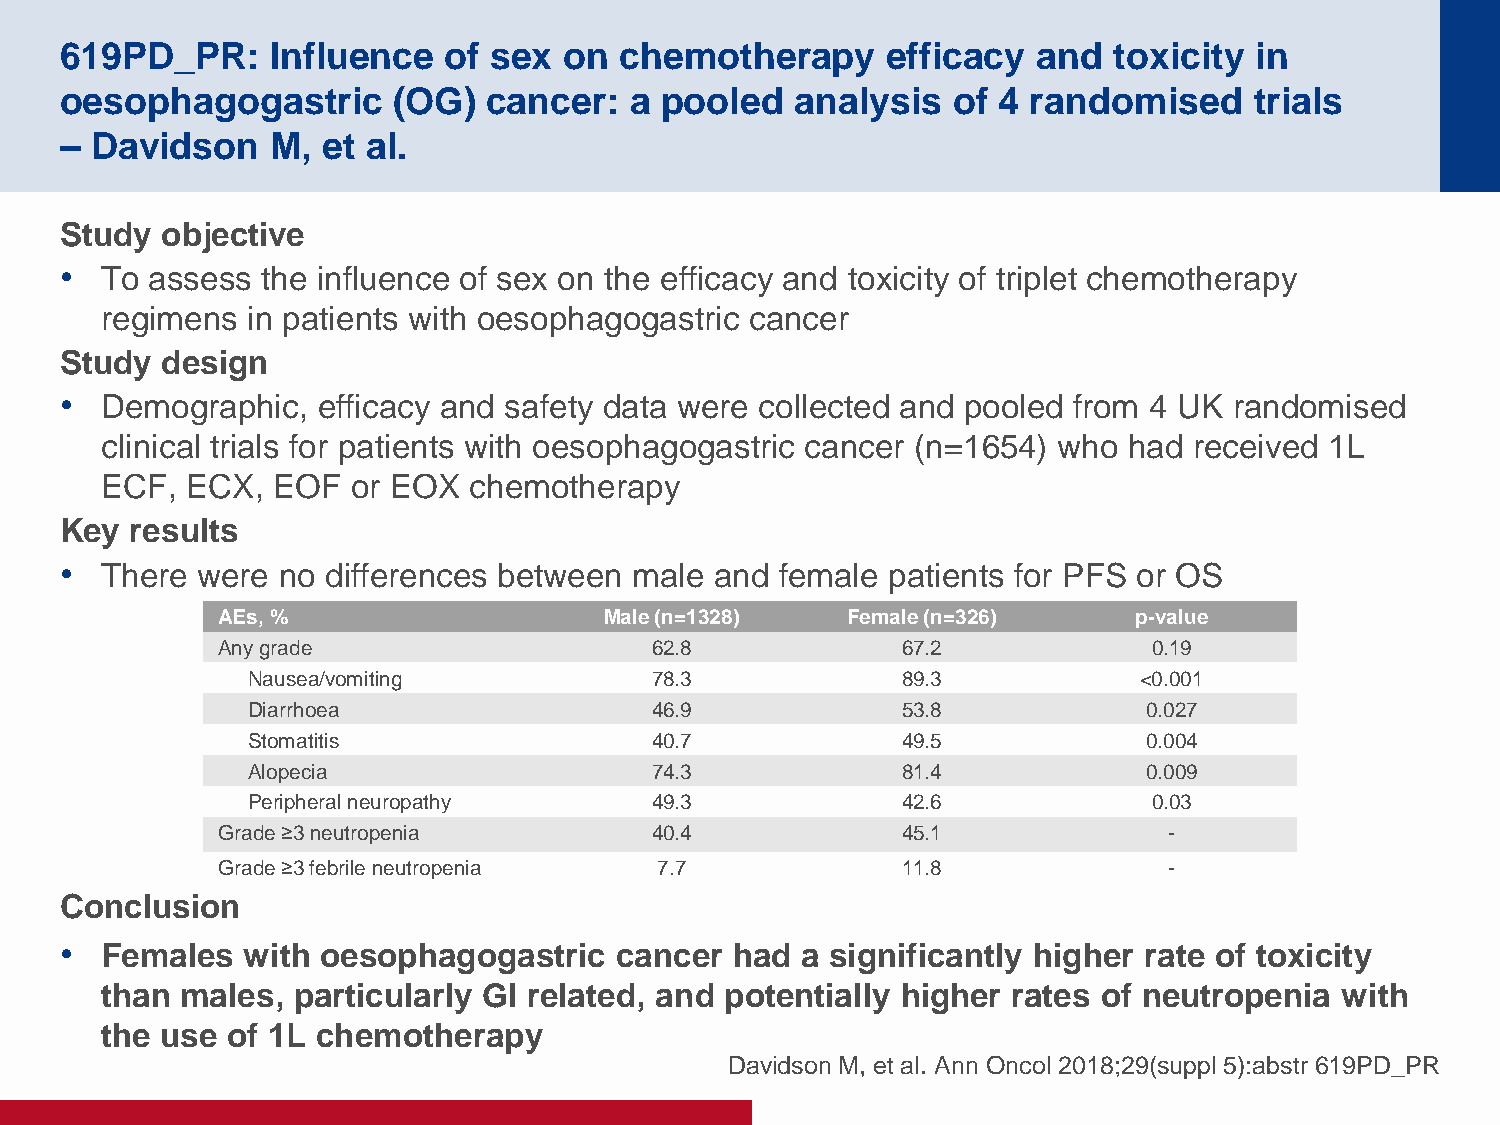
619PD_PR:     Influence  of sex  on  chemotherapy      efficacy  and  toxicity in
 oesophagogastric      (OG)  cancer:   a pooled   analysis  of 4 randomised     trials
 – Davidson    M, et al.
 Study  objective
 •  To assess the influence of sex on the efficacy and toxicity of triplet chemotherapy
 regimens in patients with oesophagogastric cancer
 Study  design
 •  Demographic,  efficacy and safety data were collected and pooled from 4 UK randomised
 clinical trials for patients with oesophagogastric cancer (n=1654) who had received 1L
 ECF, ECX,  EOF  or EOX  chemotherapy
 Key  results
 •  There were no  differences between male and  female patients for PFS or OS
 AEs, %                    Male (n=1328)   Female (n=326)     p-value
 Any grade                    62.8             67.2            0.19
 Nausea/vomiting            78.3             89.3           <0.001
 Diarrhoea                  46.9             53.8            0.027
 Stomatitis                 40.7             49.5            0.004
 Alopecia                   74.3             81.4            0.009
 Peripheral neuropathy      49.3             42.6            0.03
 Grade ≥3 neutropenia         40.4             45.1             -
 Grade ≥3 febrile neutropenia  7.7             11.8             -
 Conclusion
 •  Females  with oesophagogastric    cancer had  a significantly higher rate of toxicity
 than males, particularly GI related, and potentially higher rates of neutropenia  with
 the use of 1L chemotherapy
 Davidson M, et al. Ann Oncol 2018;29(suppl 5):abstr 619PD_PR